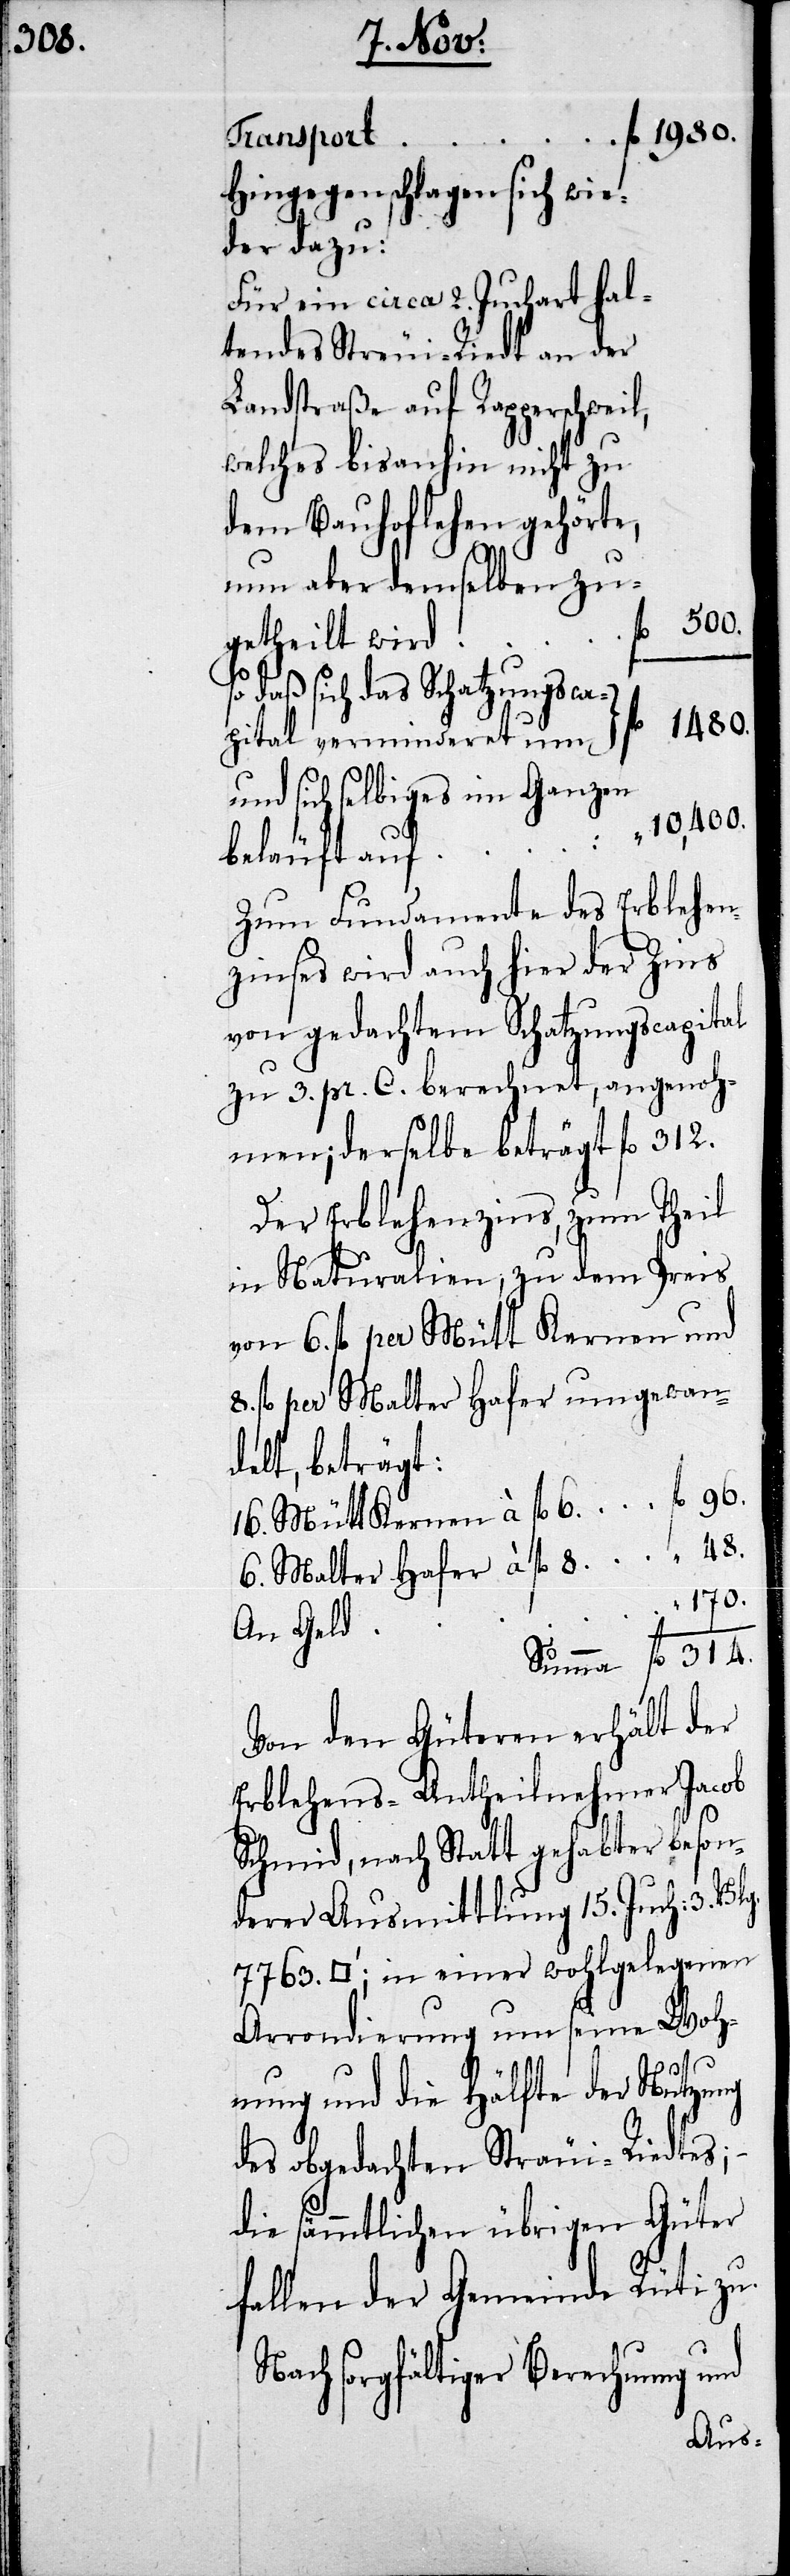
Transport	fl. 1980.
Hingegen schlagen sich wie¬
der dazu:
Für ein circa 2. Juchart hal¬
tendes Streui-Riedt an der
Landstraße auf Rapperschweil,
welches bis anhin nicht zu
dem Bauhoflehen gehörte,
nun aber demselben zu¬
500.
getheilt wird fl.
so daß sich das Schatzungsca¬
pital verminderet um 	fl. 1480.
und sich selbiges im Ganzen
beläuft auf	fl.
Zum Fundamente des Erblehen¬
zinses wird auch hier der Zins
von gedachtem Schatzungscapital
zu 3. pr. C. berechnet, angenoh¬
men; derselbe beträgt fl. 312.
Der Erblehenzins, zum Theil
in Naturalien, zu dem Preis
von 6. fl. per Mütt Kernen und
fl. per Malter Hafer umgewan¬
delt, beträgt:
16. Mütt Kernen à fl. 6.	fl. 96.
6. Malter Hafer à fl. 8	fl. 48.
170.
Summa fl. 314.
Von den Güteren erhält der
Erblehens-Antheilnehmer Jacob
Schmid, nach Statt gehabter beson¬
derer Ausmittlung 15. Juch: 3.
7763. (’; in einer wohlgelegenen
Arrondierung um seine Woh¬
nung und die Hälfte der Nutzung
des obgedachten Sträui-Riedtes;
die sämmtlichen übrigen Güter
fallen der Gemeinde Rüti zu.
Nach sorgfältiger Berechnung und